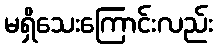
မရှိသေးကြောင်းလည်း